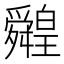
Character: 䑟